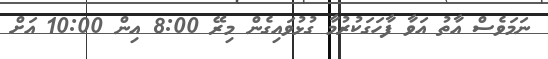
ނަމަވެސް އާތު އަވާ ފާހަގަކުރުމާ ގުޅުވައިގެން މިރޭ 8:00 އިން 10:00 އަށް